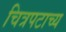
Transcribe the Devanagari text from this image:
चित्रपटाच्य